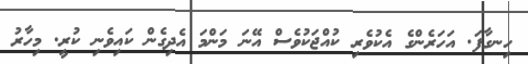
ހިނގާފަ. އަހަރެންގެ އެކުވެރި ކުއްޖަކުވެސް އޭނަ މަންމަ އެދިގެން ކައިވެނި ކުރީ. މިހާރު